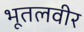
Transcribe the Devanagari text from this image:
भूतलवीर